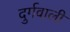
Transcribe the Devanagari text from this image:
दुर्गवाली